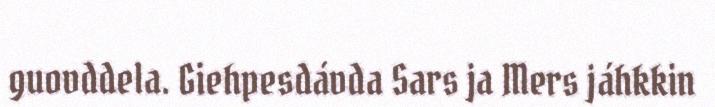
guovddela. Giehpesdávda Sars ja Mers jáhkkin